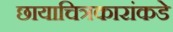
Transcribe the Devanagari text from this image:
छायाचित्रकारांकडे